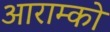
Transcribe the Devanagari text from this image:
आराम्को